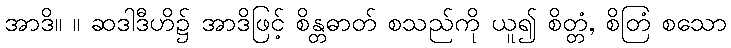
အာဒိ။ ။ ဆဒါဒီဟိ၌ အာဒိဖြင့် စိန္တဓာတ် စသည်ကို ယူ၍ စိတ္တံ, စိတြံ စသော